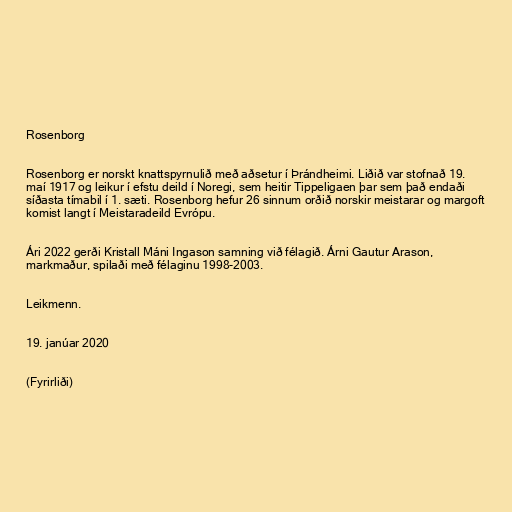
Rosenborg

Rosenborg er norskt knattspyrnulið með aðsetur í Þrándheimi. Liðið var stofnað 19.
maí 1917 og leikur í efstu deild í Noregi, sem heitir Tippeligaen þar sem það endaði
síðasta tímabil í 1. sæti. Rosenborg hefur 26 sinnum orðið norskir meistarar og margoft
komist langt í Meistaradeild Evrópu.

Ári 2022 gerði Kristall Máni Ingason samning við félagið. Árni Gautur Arason,
markmaður, spilaði með félaginu 1998-2003.

Leikmenn.

19. janúar 2020

(Fyrirliði)